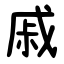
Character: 戚